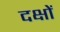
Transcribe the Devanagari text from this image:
दक्षों